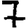
Digit: 7